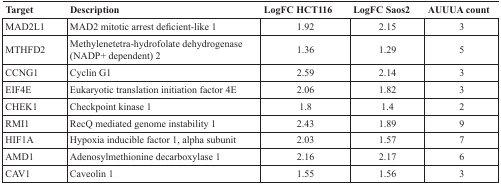
| Target | Description | LogFC HCT116 | LogFC Saos2 | AUUUA count |
 | --- | --- | --- | --- | --- |
 | MAD2L1 | MAD2 mitotic arrest deficient-like 1 | 1.92 | 2.15 | 3 |
 | MTHFD2 | Methylenetetra-hydrofolate dehydrogenase (NADP+ dependent) 2 | 1.36 | 1.29 | 5 |
 | CCNG1 | Cyclin G1 | 2.59 | 2.14 | 3 |
 | EIF4E | Eukaryotic translation initiation factor 4E | 2.06 | 1.82 | 3 |
 | CHEK1 | Checkpoint kinase 1 | 1.8 | 1.4 | 2 |
 | RMI1 | RecQ mediated genome instability 1 | 2.43 | 1.89 | 9 |
 | HIF1A | Hypoxia inducible factor 1, alpha subunit | 2.03 | 1.57 | 7 |
 | AMD1 | Adenosylmethionine decarboxylase 1 | 2.16 | 2.17 | 6 |
 | CAV1 | Caveolin 1 | 1.55 | 1.56 | 3 |